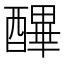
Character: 𨢡